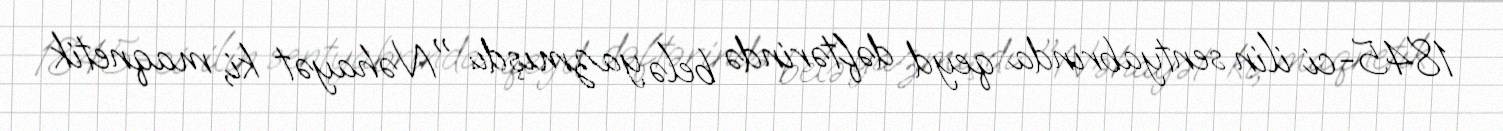
1845-ci ilin sentyabrında qeyd dəftərində belə yazmışdı: "Nəhayət ki, maqnetik